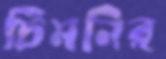
চিমনির